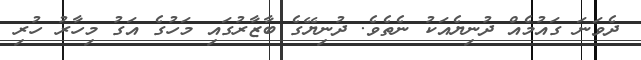
ދެވަނަ ގައުމެއް ދުނިޔެއަކު ނެތެވެ. ދުނިޔޭގެ ބާޒާރުގައި މަހުގެ އަގު މިހާރު ހުރި